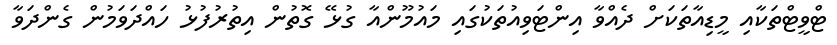
ޓްވީޓްތަކާއި މީޑިއާތަކަށް ދެއްވާ އިންޓަވިއުތަކުގައި މައުމޫންއާ ގުޅޭ ގޮތުން އިތުރުފުޅު ހައްދަވަމުން ގެންދަވާ